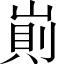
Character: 崱